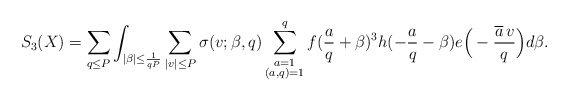
\begin{align*}S_3(X)=\sum_{q\le P}\int_{|\beta|\le\frac{1}{qP}}\sum_{|v|\le P}\sigma(v;\beta,q)\sum_{\substack{a=1\\(a,q)=1}}^qf(\frac{a}{q}+\beta)^3h(-\frac{a}{q}-\beta)e\Big(-\frac{\overline{a}\,v}{q}\Big)d\beta.\end{align*}